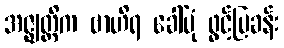
အဇ္ဈတ္တိက ဗာဟိရ ခေါ်ပုံ ဖွင့်ပြခန်း